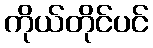
ကိုယ်တိုင်ပင်